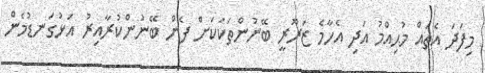
މިފަދަ އެތައް މުޙިއްމު އަދި އެހާމެ ޒަރޫރީ ބޭނުންތަކަކަށް ފެން ބޭނުންކުރާއިރު އަޅުގަނޑުމެން